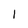
Character: l